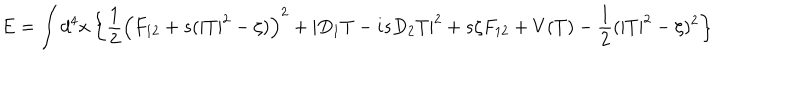
E = \int d ^ { 4 } x \left\{ \frac 1 2 \left( F _ { 1 2 } + s ( | T | ^ { 2 } - \zeta ) \right) ^ { 2 } + | D _ { 1 } T - i s D _ { 2 } T | ^ { 2 } + s \zeta F _ { 1 2 } + V ( T ) - \frac 1 2 ( | T | ^ { 2 } - \zeta ) ^ { 2 } \right\}